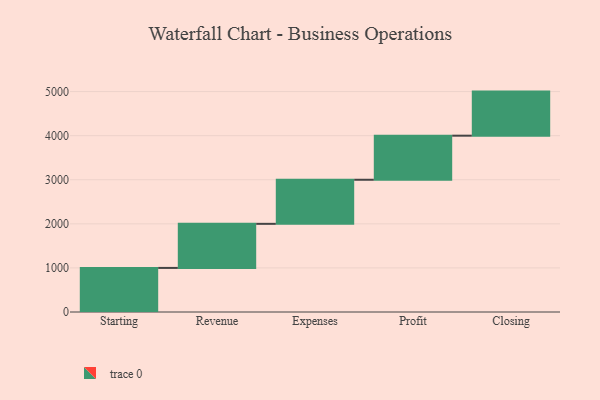
{"axis": {"x": "Step", "y": "Value"}, "legend": [""], "data": [{"x": "Starting", "y": 1000, "type": ""}, {"x": "Revenue", "y": 1000, "type": ""}, {"x": "Expenses", "y": 1000, "type": ""}, {"x": "Profit", "y": 1000, "type": ""}, {"x": "Closing", "y": 1000, "type": ""}]}